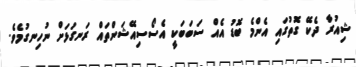
ޝިއުރާ ދެކޭ ގޮތުގައި އެންމެ ބޮޑު އެއް ސަބަބަކީ އެސޯސިއޭޝަންތައް ރަނގަޅަށް ނުހިނގުމެވެ.